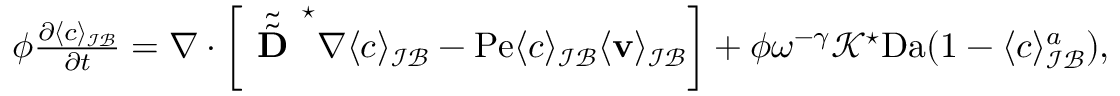
\begin{array} { r l } & { \phi \frac { \partial \langle c \rangle _ { \mathcal { I B } } } { \partial t } = \nabla \cdot \left[ \tilde { \tilde { \textbf { D } } } ^ { \star } \nabla \langle c \rangle _ { \mathcal { I B } } - \mathrm { P e } \langle c \rangle _ { \mathcal { I B } } \langle \mathbf v \rangle _ { \mathcal { I B } } \right] + \phi \omega ^ { - \gamma } \mathcal { K } ^ { \star } \mathrm { D a } ( 1 - \langle c \rangle _ { \mathcal { I B } } ^ { a } ) , } \end{array}